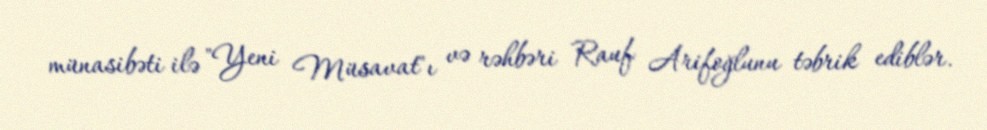
münasibəti ilə "Yeni Müsavat"ı və rəhbəri Rauf Arifoğlunu təbrik ediblər.